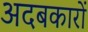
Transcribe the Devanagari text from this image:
अदबकारों